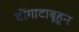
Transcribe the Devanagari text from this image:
टोंगाटाबूहून